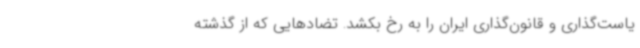
یاست‌گذاری و قانون‌گذاری ایران را به رخ بکشد. تضادهایی که از گذشته